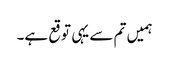
ہمیں تم سے یہی توقع ہے۔